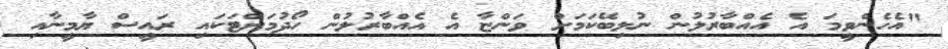
"އެހެންވީމަ އެ އެއްބާރުލުން ނުލިބޭކަމަށް ވަންޏާ އެ އެއްބާރުލުން ހޯދުމަށްޓަކައި ރައީސް ޔާމީނާއި